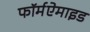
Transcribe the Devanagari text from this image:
फॉर्मऐमाइड